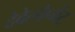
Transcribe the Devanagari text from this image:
देवेलोप्मेंट